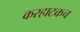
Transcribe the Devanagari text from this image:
करहाटकच